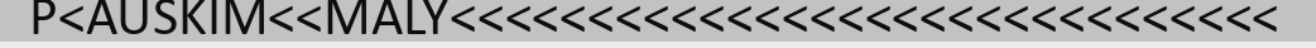
P<AUSKIM<<MALY<<<<<<<<<<<<<<<<<<<<<<<<<<<<<<